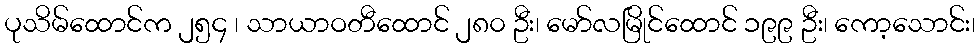
ပုသိမ်ထောင်က ၂၅၄ ၊ သာယာဝတီထောင် ၂၈၀ ဦး၊ မော်လမြိုင်ထောင် ၁၉၉ ဦး၊ ကော့သောင်း၊